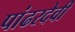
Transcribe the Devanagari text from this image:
पांढरदेवी